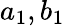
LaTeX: a_{1},b_{1}